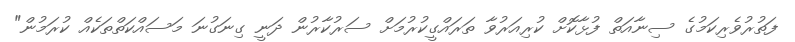
ފަތުރުވެރިކަމުގެ ސިނާއަތް ފުޅާކޮށް ކުރިއަރުވާ ތަރައްގީކުރުމަށް ސަރުކާރުން ދަނީ ގިނަގުނަ މަސައްކަތްތަކެއް ކުރަމުން"